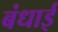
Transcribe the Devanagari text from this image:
बंधाई